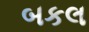
બકલ